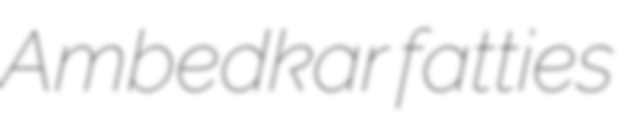
Ambedkar fatties